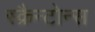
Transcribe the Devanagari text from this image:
स्क्रैन्टोन्स